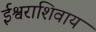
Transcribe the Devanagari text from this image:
ईश्वराशिवाय